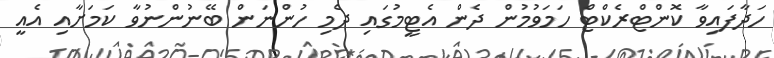
ހަދާފައިވާ ކޮންޓްރެކްޓް ހަމަވުމުން ދެން އެޓީމުގައި ދެމި ހުންނަން ބޭނުންނުވާ ކަމަށާއި އެއީ